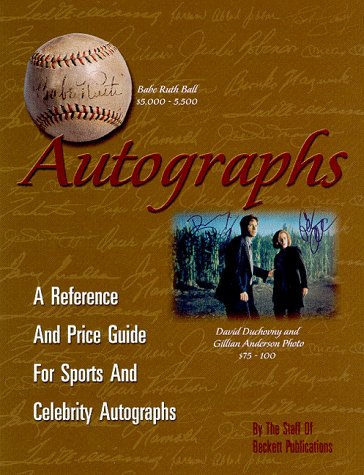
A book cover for Autographs: A Reference and Price Guide for Sports and Celebrity Autographs; Beckett Publications; Crafts, Hobbies & Home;